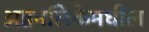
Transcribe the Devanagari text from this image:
अन्ननलिकेमधील